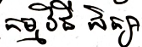
កម្មវិធីសិក្សា